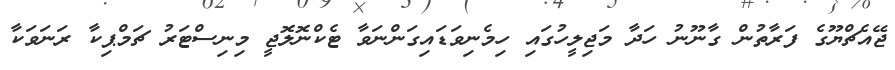
ޖޭއެޗްޔޫގެ ފަރާތުން ގާނޫނު ހަދާ މަޖިލީހުގައި ހިމެނިވަޑައިގަންނަވާ ޓެކްނޮލޮޖީ މިނިސްޓަރު ޗަމްޕިކާ ރަނަވަކާ